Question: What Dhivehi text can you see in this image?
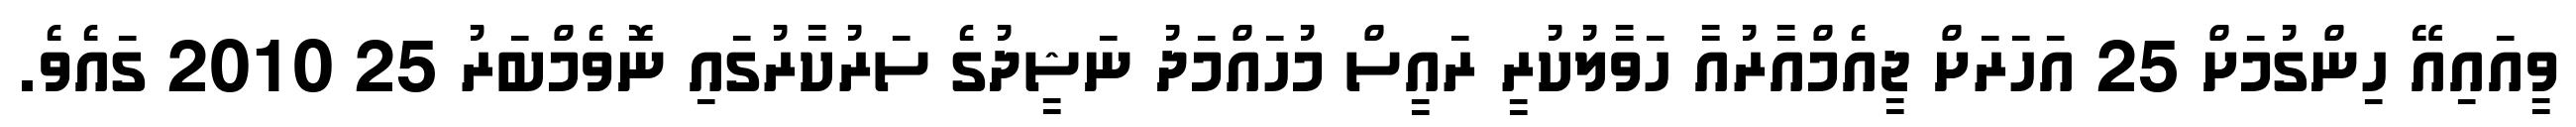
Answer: ވީއައިއޭ ހިންގުމަށް 25 އަހަރަށް ޖީއެމްއާރުއާ ހަވާލުކުރީ ރައީސް މުހައްމަދު ނަޝީދުގެ ސަރުކާރުގައި ނޮވެމްބަރު 25 2010 ގައެވެ.